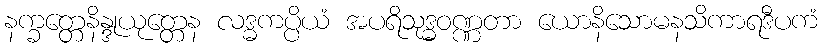
နက္ခတ္တေနိန္ဒုယုတ္တေန လဒ္ဓကပ္ပိယံ အပရိသုဒ္ဓဝဏ္ဏတာ ယောနိသောမနသိကာရဒီပကံ